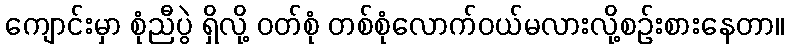
ကျောင်းမှာ စုံညီပွဲ ရှိလို့ ဝတ်စုံ တစ်စုံလောက်ဝယ်မလားလို့စဉ်းစားနေတာ။